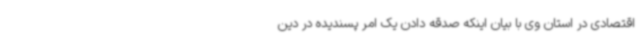
اقتصادی در استان وی با بیان اینکه صدقه دادن یک امر پسندیده در دین